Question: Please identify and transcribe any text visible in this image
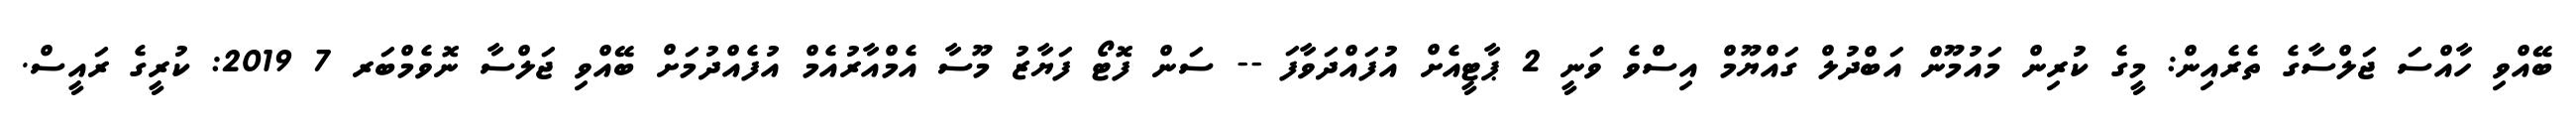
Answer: ބޭއްވި ހާއްސަ ޖަލްސާގެ ތެރެއިން: މީގެ ކުރިން މައުމޫން އަބްދުލް ގައްޔޫމް އިސްވެ ވަނީ 2 ޕާޓީއެށް އުފައްދަވާފަ -- ސަން ފޮޓޯ ފަޔާޒު މޫސާ އެމްއާރުއެމް އުފެއްދުމަށް ބޭއްވި ޖަލްސާ ނޮވެމްބަރ 7 2019: ކުރީގެ ރައީސް.